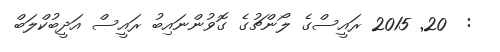
:  20